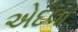
એદલા